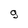
Character: 9